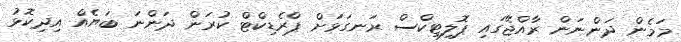
މަމެން ދަންނަން ރާއްޖޭގައި ޕޮލިޓިކްސް ރަނގަޅަށް ޕްރެޑިކްޓް ކުރަން ދަންނަ ބަޔެއް އިދިކޮޅު